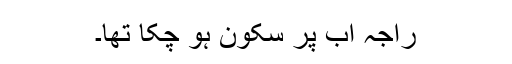
راجہ اب پر سکون ہو چکا تھا۔